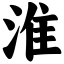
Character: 淮